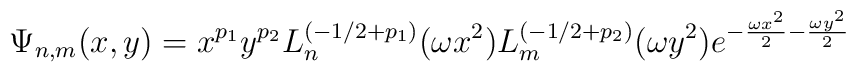
\Psi_{n,m}(x,y)=x^{p_1} y^{p_2} L^{(-1/2+p_1)}_n (\omega x^2)L^{(-1/2+p_2)}_m(\omega y^2) e^{-\frac{\omega x^2}{2}-\frac{\omega y^2}{2}}\,